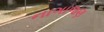
નાગાજણ